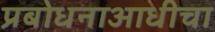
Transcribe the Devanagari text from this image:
प्रबोधनाआधीचा